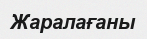
Жаралағаны